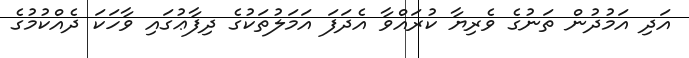
އަދި އަމުދުން ތަނުގެ ވެރިޔާ ކުރައްވާ އެދަފަ އަމަލުތަކުގެ ދިފާޢުގައި ވާހަކަ ދެއްކުމުގެ